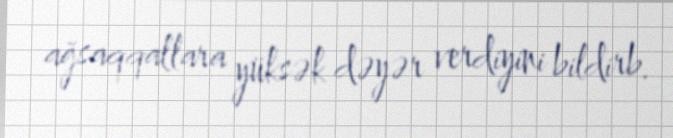
ağsaqqallara yüksək dəyər verdiyini bildirb.